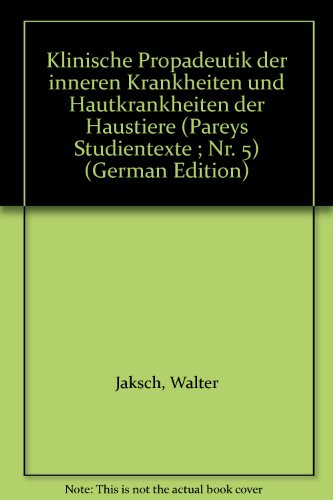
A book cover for Klinische Propadeutik der inneren Krankheiten und Hautkrankheiten der Haustiere (Pareys Studientexte ; Nr. 5) (German Edition); Walter Jaksch; Medical Books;